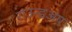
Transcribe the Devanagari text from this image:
राउन्डअप